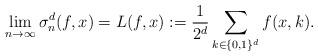
LaTeX: \begin{align*}~\lim_{n\to\infty}\sigma_n^d(f,x)=L(f,x):=\frac{1}{2^d}\sum_{k\in\{0,1\}^d}f(x,k).\end{align*}